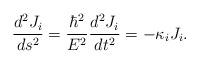
LaTeX: \begin{align*}\frac{d^2 J_i}{ds^2}=\frac{\hbar^2}{E^2}\frac{d^2 J_i}{dt^2}= -\kappa_i J_i.\end{align*}